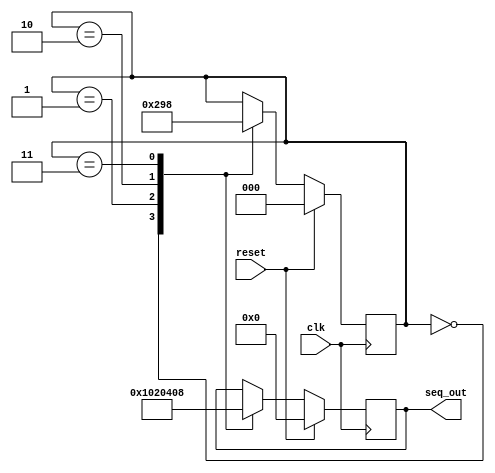
module seq_gen(
    input clk,
    input reset,
    output reg [7:0] seq_out
);

reg [2:0] state;

always @(posedge clk) begin
    if (reset) begin
        state <= 0;
        seq_out <= 0;
    end
    else begin
        case (state)
            3'd0: begin
                seq_out <= 8'b00000001;
                state <= 3'd1;
            end
            3'd1: begin
                seq_out <= 8'b00000010;
                state <= 3'd2;
            end
            3'd2: begin
                seq_out <= 8'b00000100;
                state <= 3'd3;
            end
            3'd3: begin
                seq_out <= 8'b00001000;
                state <= 3'd0;
            end
        endcase
    end
end

endmodule